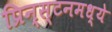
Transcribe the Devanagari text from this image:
प्रिन्स्टनमध्ये